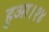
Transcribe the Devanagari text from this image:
हुआ।१४